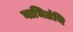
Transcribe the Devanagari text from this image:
नाभिग्रंथि